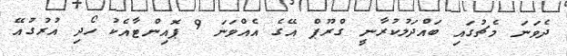
ދެވަނަ މެޗުގައި ބައްދަލުކުރާނީ ގްރޫޕް އޭގެ އެއްވަނަ 9 ޕޮއިންޓާއެކު ހޯދި އުރުގުއޭ